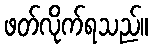
ဖတ်လိုက်ရသည်။